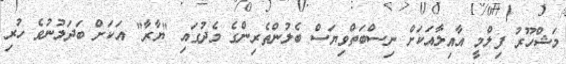
މަޝްހޫރު ފިލްމީ އާއިލާއަކަށް ނިސްބަތްވިޔަސް ބެލުންތެރިންގެ މެދުގައި "ޔާރާ" އަކަށް ބަދަލުނުވެ ހުރި